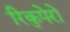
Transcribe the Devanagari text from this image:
रिकुपेरो